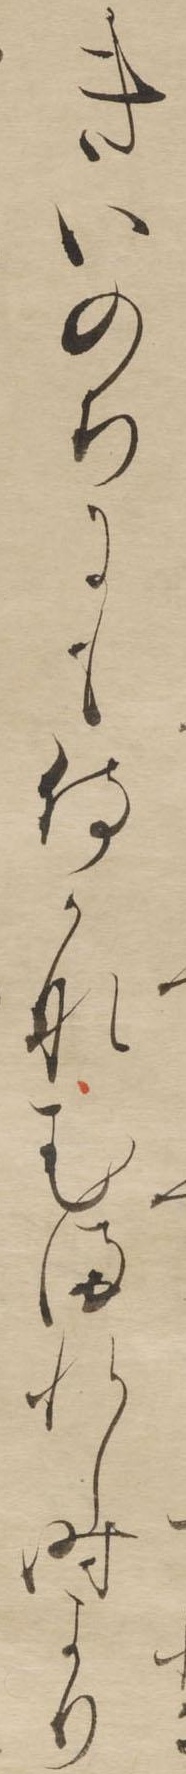
きいのちにも侍かなむまれし時より